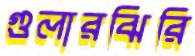
গুলারঝিরি